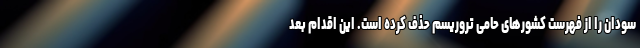
سودان را از فهرست کشورهای حامی تروریسم حذف کرده است. این اقدام بعد